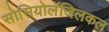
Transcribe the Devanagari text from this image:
सोसियोलॅजिलकल